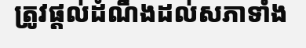
ត្រូវផ្តល់ដំណឹងដល់សភាទាំង